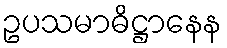
ဥပသမာဓိဋ္ဌာနေန